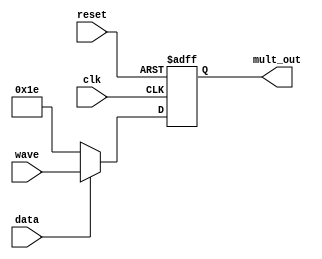
/* Generated by Yosys 0.27+22 (git sha1 53c0a6b78, clang 11.0.1-2 -fPIC -Os) */

module mult1(reset, clk, data, wave, mult_out);
  
  wire [6:0] _0_;
  reg [6:0] _1_;
  input clk;
  wire clk;
  input data;
  wire data;
  output [6:0] mult_out;
  wire [6:0] mult_out;
  input reset;
  wire reset;
  input [6:0] wave;
  wire [6:0] wave;
  
  always @(posedge clk, posedge reset)
    if (reset) _1_ <= 7'h00;
    else _1_ <= _0_;
  assign _0_ = data ? wave : 7'h1e;
  assign mult_out = _1_;
endmodule